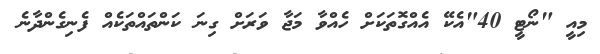
މިއީ "ނޯޓީ 40"އެކޭ އެއްގޮތަކަށް ހެއްވާ މަޖާ ވަރަށް ގިނަ ކަންތައްތަކެއް ފެނިގެންދާނެ